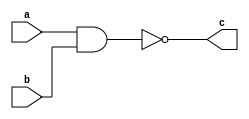
module top_v2
    (
	    input a,
	    input b,
	    output c
    );
  
wire w0;

and and_gate_0(w0,a,b);	// primitiva pentru poarta and
not not_gate_0(c,w0);  	// primitiva pentru poarta not
   
endmodule